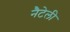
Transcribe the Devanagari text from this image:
नैटेली